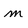
Character: m